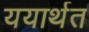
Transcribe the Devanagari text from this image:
ययार्थत